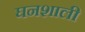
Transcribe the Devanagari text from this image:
घनशाली